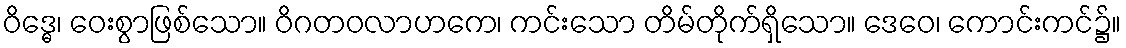
ဝိဒ္ဓေ၊ ဝေးစွာဖြစ်သော။ ဝိဂတဝလာဟကေ၊ ကင်းသော တိမ်တိုက်ရှိသော။ ဒေဝေ၊ ကောင်းကင်၌။